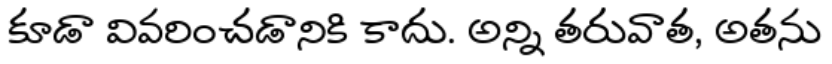
కూడా వివరించడానికి కాదు. అన్ని తరువాత, అతను